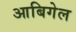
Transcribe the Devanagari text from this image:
आबिगेल